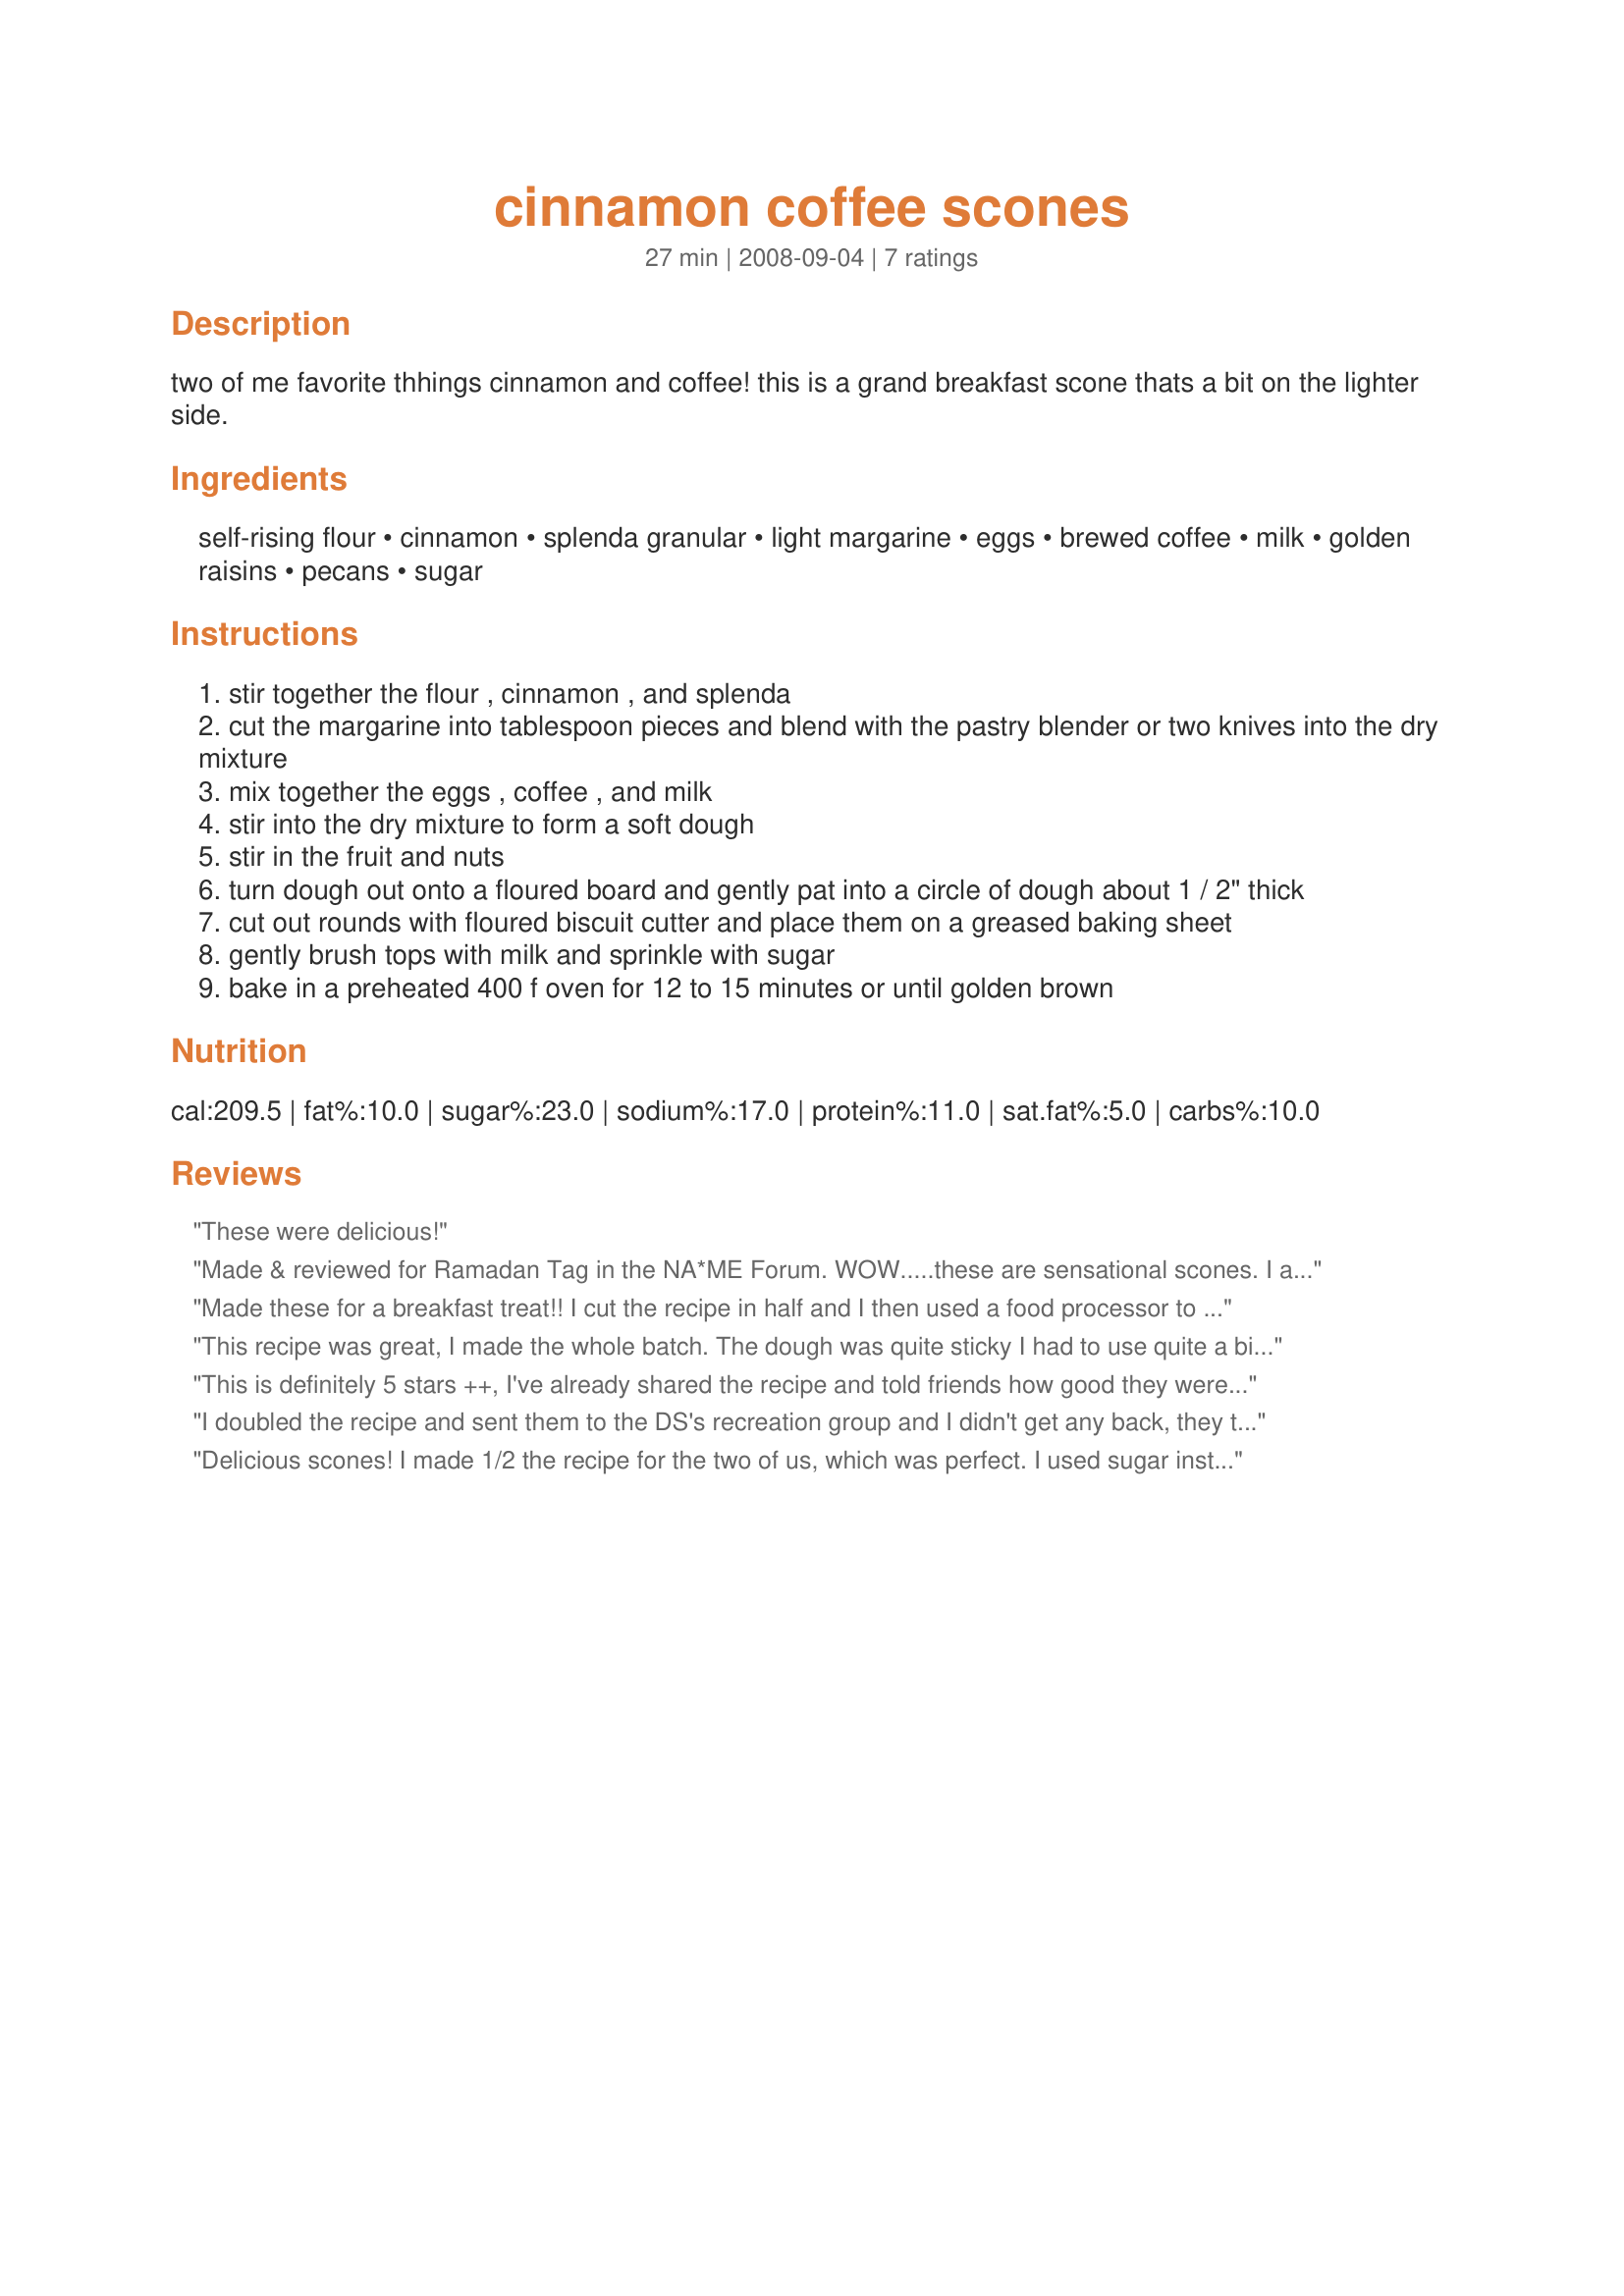
cinnamon coffee scones
Preparation time: 27 minutes

two of me favorite thhings cinnamon and coffee! this is a grand breakfast scone thats a bit on the lighter side.

Ingredients:
self-rising flour, cinnamon, splenda granular, light margarine, eggs, brewed coffee, milk, golden raisins, pecans, sugar

Steps:
stir together the flour , cinnamon , and splenda
cut the margarine into tablespoon pieces and blend with the pastry blender or two knives into the dry mixture
mix together the eggs , coffee , and milk
stir into the dry mixture to form a soft dough
stir in the fruit and nuts
turn dough out onto a floured board and gently pat into a circle of dough about 1 / 2" thick
cut out rounds with floured biscuit cutter and place them on a greased baking sheet
gently brush tops with milk and sprinkle with sugar
bake in a preheated 400 f oven for 12 to 15 minutes or until golden brown

Reviews:
These were delicious!
Made & reviewed for Ramadan Tag in the NA*ME Forum. WOW.....these are sensational scones. I am in love with cinnamon & coffee so was really keen to try this recipe & it certainly did NOT disappoint. These scones are absoloutely wonderfully delicious! Light & fluffy with a hint of spice. After cinnamon, my next favourite to go with coffee is ginger - so now I'm thinking of trying them with a litle ginger too! Thanks Annacia for a great recipe :)
Made these for a breakfast treat!! I cut the recipe in half and I then used a food processor to cut the butter into the flour mixture. I forgot to get raisins, so mine was made without them, but did add pecans. I did have to add quite a bit more flour to the dough in order to get to a consistency where I could cut out rounds with a biscuit cutter, but the end result was a delicious scone. Thanks for sharing Annacia.
This recipe was great, I made the whole batch. The dough was quite sticky I had to use quite a bit more flour. I used sugar instead of Splenda and butter instead of margarine. Thanks for the recipe!!
This is definitely 5 stars ++, I've already shared the recipe and told friends how good they were! I cut the recipe in 1/2 and used 1 cup of flour 1 1/2 tsp b. powder and a pinch of salt , replacing self rising flour , I also used 1/4 cup sugar in place of Splenda, and butter instead of marg. then added 1/2 tsp espresso powder. DH doesn't like raisins so I chopped up 1/3 cup of chocolate chips and about the same of pecans. The flavor combination of the coffee and cinnamon with the occasional bit of chocolate and pecan was outstanding -neither flavor shouted they were just there. I also sprinkled the tops with cinnamon sugar which was perfect. This make a softer dough then many scone recipes but I didn't mind, I considered not adding in all the liquid, but went with it all. I ended up with 7 triangle scones about 3 1/2 x 2 1/2" . Because of the softness of the dough they didn't rise as much as some scones but the texture was excellent. I can't wait to make them again, Thank You Annacia for a Great Recipe! Made for Comfort Cafe Winter 2010
I doubled the recipe and sent them to the DS's recreation group and I didn't get any back, they thoroughly enjoyed them. I used regular raisins and mix of pecans and walnuts and baked at 180C fan forced oven for 15 minutes. Thank you Annacia, made for Comfort Cafe.
Delicious scones! I made 1/2 the recipe for the two of us, which was perfect. I used sugar instead of Splenda, and cinnamon chips instead of raisins. These were so easy to make and are so light and fluffy! As one reviewer mentioned, the dough is very soft, so instead of adding flour to be able to cut shapes, I gently formed it into a circle and cut it into quarters. Well, not exaclty "cut", but marked the lines anyways, and when it came out of the oven, it naturally broke into four triangles. I sprinkled it with demara sugar before putting them in the oven, too. Thanks for posting, Annacia! Made for Zaar Stars Tag.
